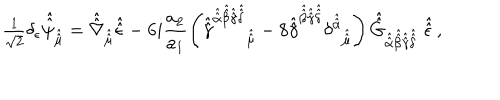
LaTeX: { \textstyle \frac { 1 } { \sqrt { 2 } } } \delta _ { \epsilon } \hat { \hat { \psi } } _ { \hat { \hat { \mu } } } = \hat { \hat { \nabla } } _ { \hat { \hat { \mu } } } \hat { \hat { \epsilon } } - 6 i \frac { a _ { 2 } } { a _ { 1 } } \left( \hat { \hat { \gamma } } ^ { \hat { \hat { \alpha } } \hat { \hat { \beta } } \hat { \hat { \gamma } } \hat { \hat { \delta } } } { } _ { \hat { \hat { \mu } } } - 8 \hat { \hat { \gamma } } ^ { \hat { \hat { \beta } } \hat { \hat { \gamma } } \hat { \hat { \delta } } } \delta ^ { \hat { \hat { \alpha } } } { } _ { \hat { \hat { \mu } } } \right) \hat { \hat { G } } _ { \hat { \hat { \alpha } } \hat { \hat { \beta } } \hat { \hat { \gamma } } \hat { \hat { \delta } } } \ \hat { \hat { \epsilon } } \, ,